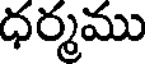
ధర్మము